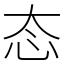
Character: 态